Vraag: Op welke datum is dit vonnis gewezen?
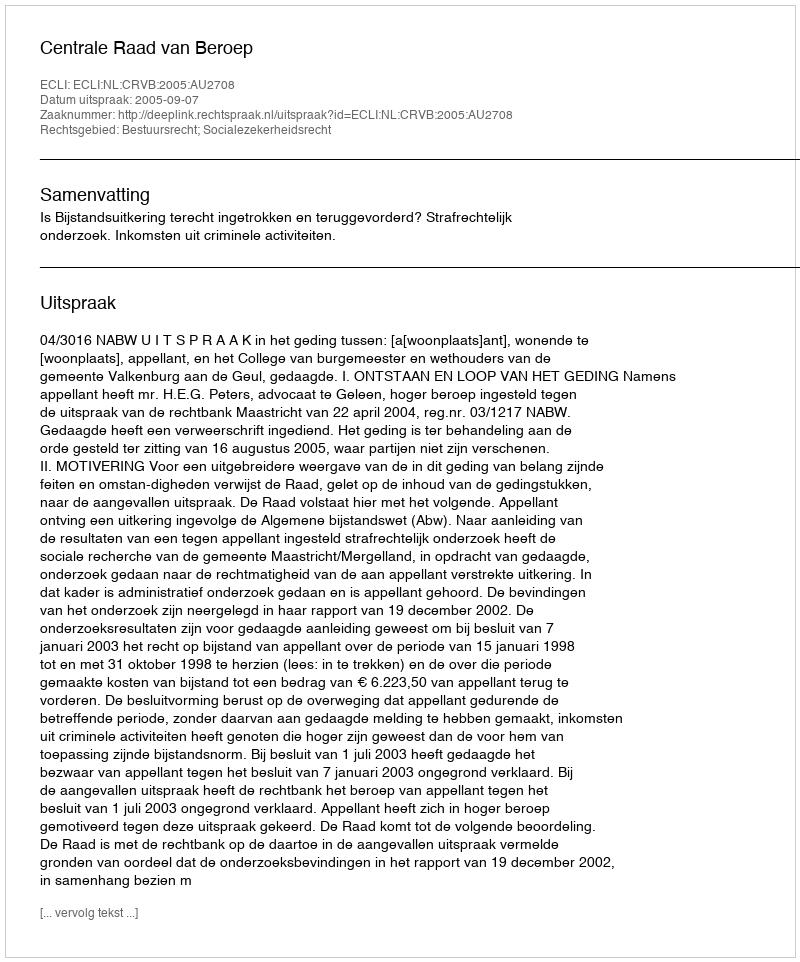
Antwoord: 2005-09-07